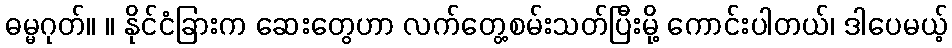
ဓမ္မဂုတ်။ ။ နိုင်ငံခြားက ဆေးတွေဟာ လက်တွေ့စမ်းသတ်ပြီးမို့ ကောင်းပါတယ်၊ ဒါပေမယ့်